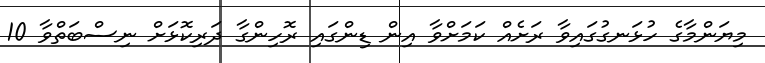
މިޔަންމާގެ ހުޅަނގުގައިވާ ރަަށެއް ކަމަށްވާ އިން ޑިންގައި ރޮހިންގާ ދަރިކޮޅަށް ނިސްބަތްވާ 10